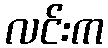
လင်းက